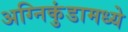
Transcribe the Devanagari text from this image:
अग्निकुंडामध्ये